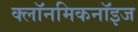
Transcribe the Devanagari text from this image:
क्लॉनमिकनॉइज